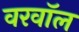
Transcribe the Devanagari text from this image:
वरवॉल